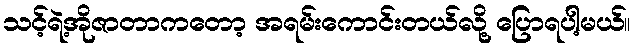
သင့်ရဲ့အိုဇာတာကတော့ အရမ်းကောင်းတယ်လို့ ပြောရပါ့မယ်။